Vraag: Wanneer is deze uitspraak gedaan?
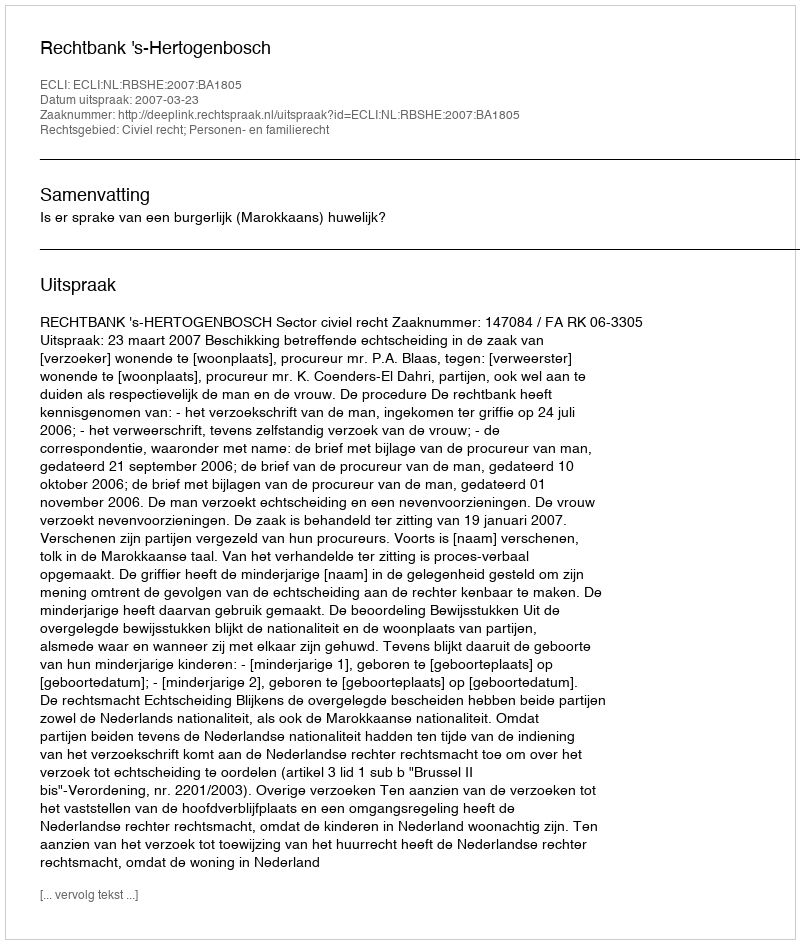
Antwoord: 2007-03-23